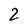
Character: 2